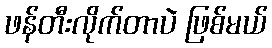
ဖန်တီးလိုက်တာပဲ ဖြစ်မယ်